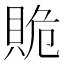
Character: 𧵥